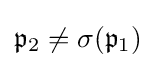
{\mathfrak {p}}_{2}\neq \sigma ({\mathfrak {p}}_{1})